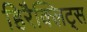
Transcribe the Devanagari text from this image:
हिरैक्लिट्स